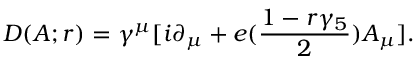
D ( A ; r ) = \gamma ^ { \mu } [ i \partial _ { \mu } + e ( { \frac { 1 - r \gamma _ { 5 } } { 2 } } ) A _ { \mu } ] .